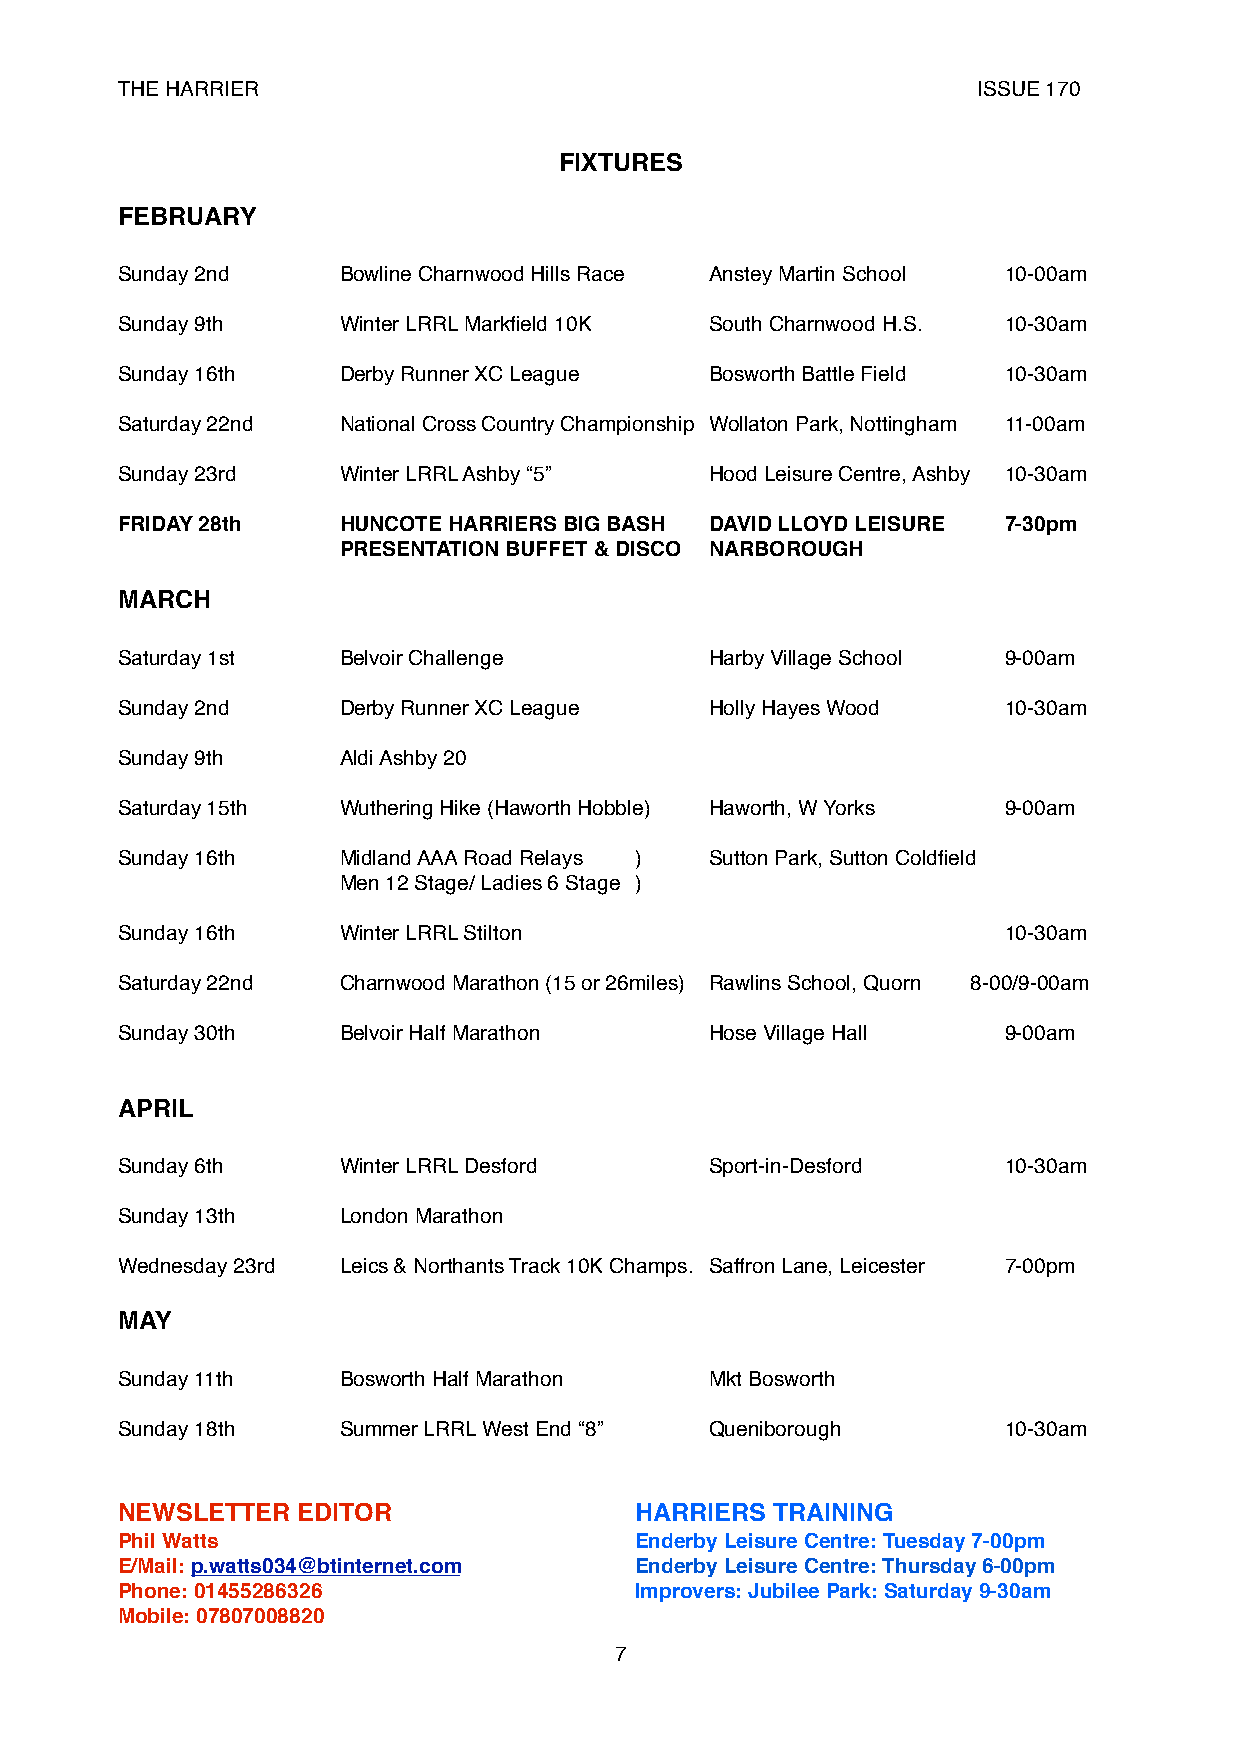
THE HARRIER                                              ISSUE 170
 FIXTURES
 FEBRUARY
 Sunday 2nd! ! Bowline Charnwood Hills Race!! Anstey Martin School! ! 10-00am
 Sunday 9th! ! Winter LRRL Markfield 10K! ! South Charnwood H.S.!! 10-30am
 Sunday 16th! ! Derby Runner XC League! ! Bosworth Battle Field! ! 10-30am
 Saturday 22nd! ! National Cross Country Championship!Wollaton Park, Nottingham! 11-00am
 Sunday 23rd! ! Winter LRRL Ashby “5”!! ! Hood Leisure Centre, Ashby! 10-30am
 FRIDAY 28th! ! HUNCOTE HARRIERS BIG BASH! DAVID LLOYD LEISURE! 7-30pm
 !    !    !   PRESENTATION BUFFET & DISCO! NARBOROUGH
 MARCH
 Saturday 1st! ! Belvoir Challenge! ! ! Harby Village School! ! 9-00am
 Sunday 2nd! ! Derby Runner XC League! ! Holly Hayes Wood ! ! 10-30am
 Sunday 9th! ! Aldi Ashby 20
 Saturday 15th! ! Wuthering Hike (Haworth Hobble)! Haworth, W Yorks! ! 9-00am
 Sunday 16th! ! Midland AAA Road Relays! )! Sutton Park, Sutton Coldfield
 !    !    !   Men 12 Stage/ Ladies 6 Stage! )!
 Sunday 16th! ! Winter LRRL Stilton! ! ! !   !    !    !   10-30am
 Saturday 22nd! ! Charnwood Marathon (15 or 26miles)! Rawlins School, Quorn! 8-00/9-00am
 Sunday 30th! ! Belvoir Half Marathon! ! ! Hose Village Hall! ! 9-00am
 APRIL
 Sunday 6th! ! Winter LRRL Desford! ! ! Sport-in-Desford! ! 10-30am
 Sunday 13th! ! London Marathon!
 Wednesday 23rd! Leics & Northants Track 10K Champs.! Saffron Lane, Leicester!! 7-00pm
 MAY
 Sunday 11th! ! Bosworth Half Marathon! ! Mkt Bosworth
 Sunday 18th! ! Summer LRRL West End “8”! ! Queniborough! ! ! 10-30am
 NEWSLETTER  EDITOR! !   !    !    HARRIERS TRAINING
 Phil Watts! !  !   !    !    !    Enderby Leisure Centre: Tuesday 7-00pm
 E/Mail: p.watts034@btinternet.com! ! ! Enderby Leisure Centre: Thursday 6-00pm
 Phone: 01455286326! ! ! !    !    Improvers: Jubilee Park: Saturday 9-30am
 Mobile: 07807008820
 7